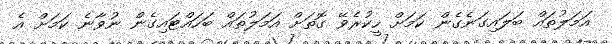
އަމަލުތައް ބަލައިގަނެގެން ކަމަށް ހީކުރެވޭ ގޮތަށް އަމަލުތައް ބަހައްޓައިގެން ނުވާނެ ކަމަށް އެ